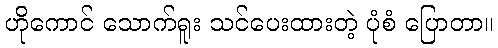
ဟိုကောင် သောက်ရူး သင်ပေးထားတဲ့ ပုံစံ ပြောတာ။